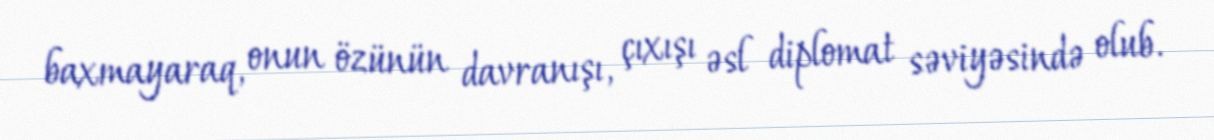
baxmayaraq, onun özünün davranışı, çıxışı əsl diplomat səviyəsində olub.